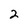
Character: 2